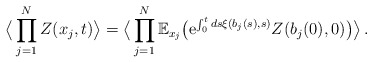
\begin{align*}\big\langle \prod_{j=1}^N Z(x_j,t) \big\rangle =\big\langle \prod_{j=1}^N\mathbb{E}_{x_j} \big(\mathrm{e}^{\int_0^t ds \xi(b_j(s),s)} Z(b_j(0),0)\big)\big\rangle\,.\end{align*}